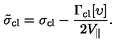
\tilde { \sigma } _ { \mathrm { c l } } = \sigma _ { \mathrm { c l } } - \frac { \Gamma _ { \mathrm { c l } } [ \upsilon ] } { 2 V _ { \| } } .